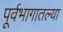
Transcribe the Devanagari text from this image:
पूर्वभागातल्या